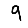
Digit: 9